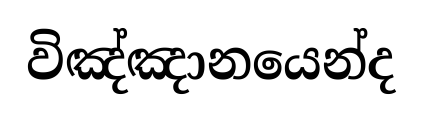
විඤ්ඤානයෙන්ද